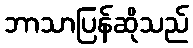
ဘာသာပြန်ဆိုသည်